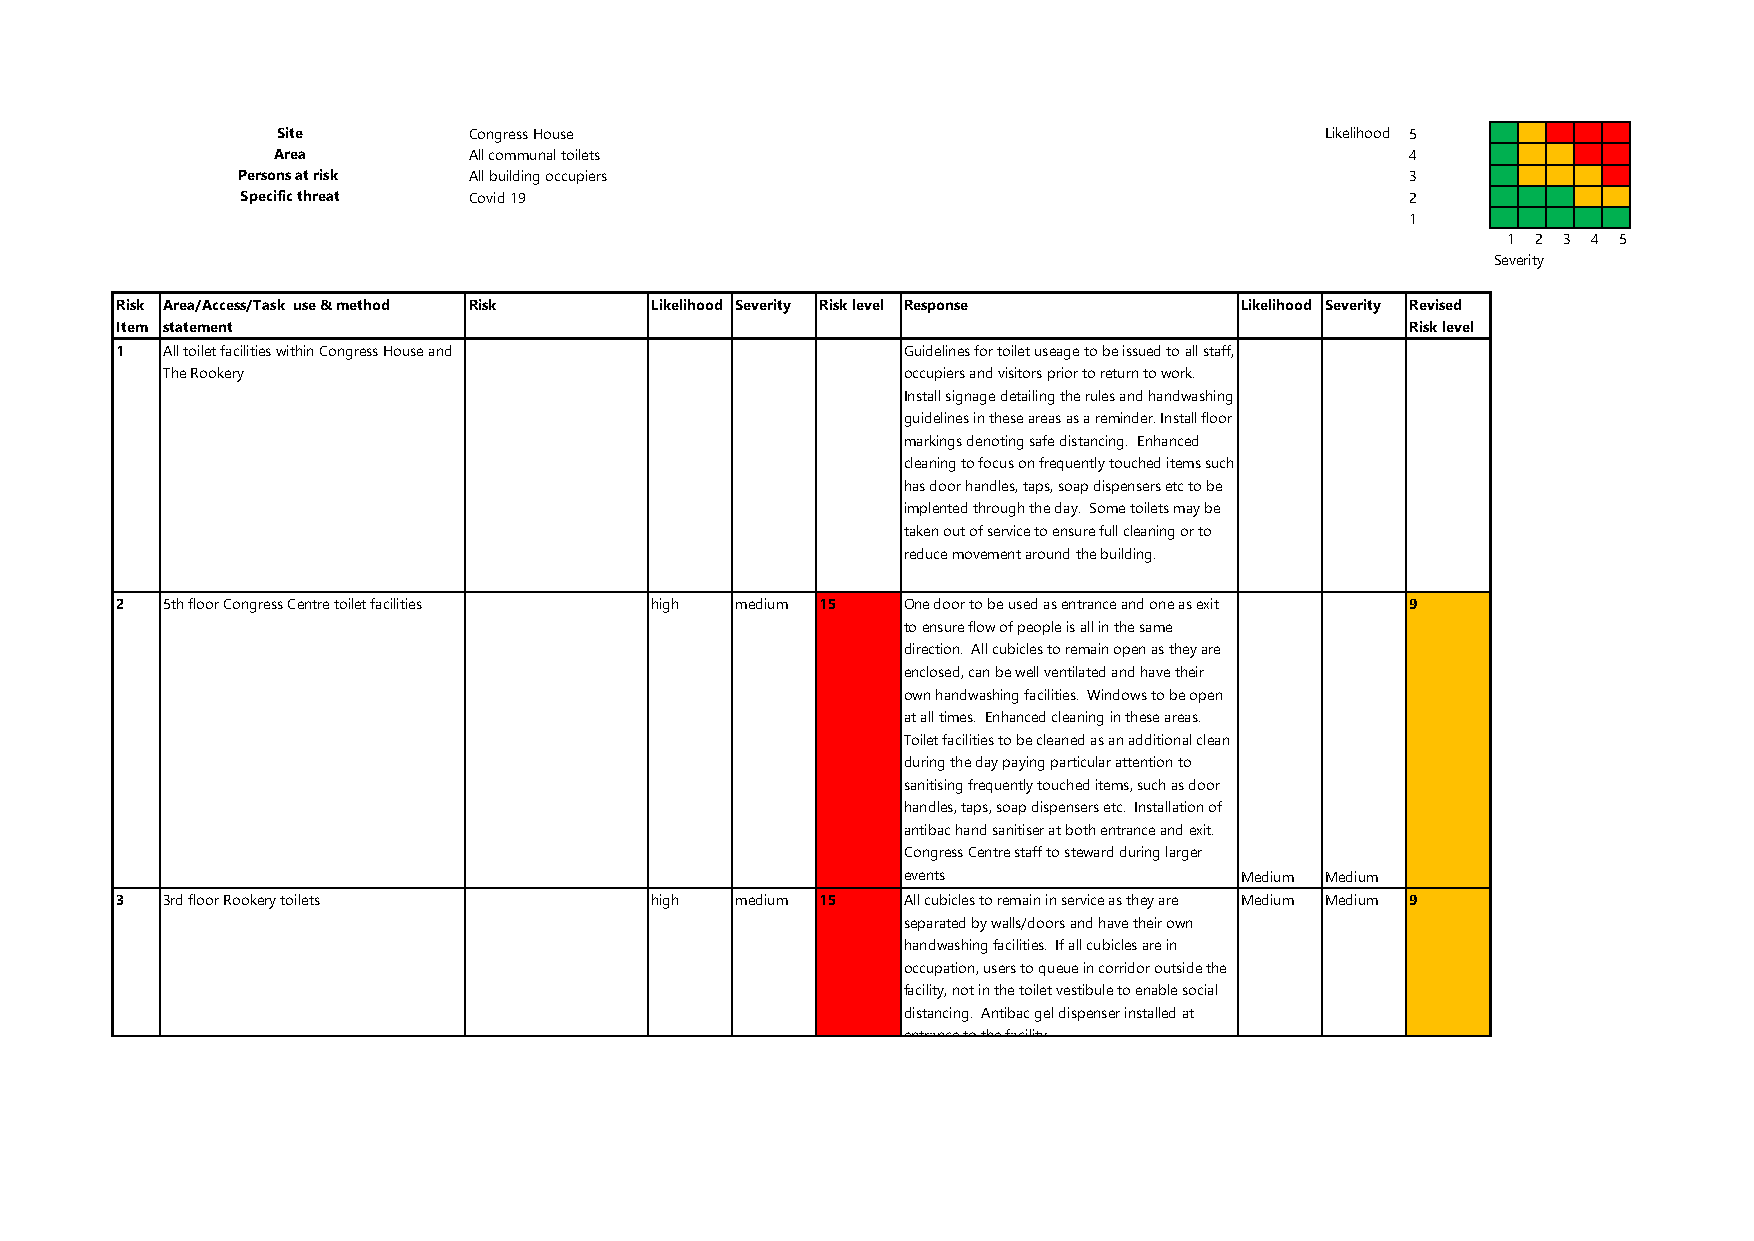
Site         Congress House                                           Likelihood 5
 Area         All communal toilets                                          4
 Persons at risk All building occupiers                                       3
 Specific threat Covid 19                                                     2
 1
 1 2 3 4 5
 Severity
 Risk Area/Access/Task use & method Risk Likelihood Severity Risk level Response Likelihood Severity Revised
 Item statement                                                                       Risk level
 1  All toilet facilities within Congress House and  Guidelines for toilet useage to be issued to all staff,
 The Rookery                                      occupiers and visitors prior to return to work.
 Install signage detailing the rules and handwashing
 guidelines in these areas as a reminder. Install floor
 markings denoting safe distancing. Enhanced
 cleaning to focus on frequently touched items such
 has door handles, taps, soap dispensers etc to be
 implented through the day. Some toilets may be
 taken out of service to ensure full cleaning or to
 reduce movement around the building.
 2  5th floor Congress Centre toilet facilities high medium 15 One door to be used as entrance and one as exit 9
 to ensure flow of people is all in the same
 direction. All cubicles to remain open as they are
 enclosed, can be well ventilated and have their
 own handwashing facilities. Windows to be open
 at all times. Enhanced cleaning in these areas.
 Toilet facilities to be cleaned as an additional clean
 during the day paying particular attention to
 sanitising frequently touched items, such as door
 handles, taps, soap dispensers etc. Installation of
 antibac hand sanitiser at both entrance and exit.
 Congress Centre staff to steward during larger
 events                Medium Medium
 3  3rd floor Rookery toilets       high  medium 15  All cubicles to remain in service as they are Medium Medium 9
 separated by walls/doors and have their own
 handwashing facilities. If all cubicles are in
 occupation, users to queue in corridor outside the
 facility, not in the toilet vestibule to enable social
 distancing. Antibac gel dispenser installed at
 entrance to the facility